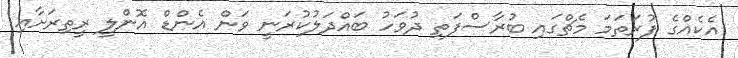
އެކެއްގެ ފުރަތަމަ މެޗްގައި ބުރާސްފަތި ދުވަހު ބައްދަލުކުރަނީ ވަން އެންޑް އޮންލީ ރީތިރަށާއި